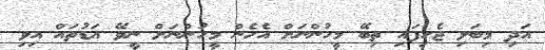
އަދި މިބަލި ޖެހިފައި ތިބޭ މީހުންނަށް އެހެން މީހުންނަށް ނީވޭ އަޑުތައް އިވި